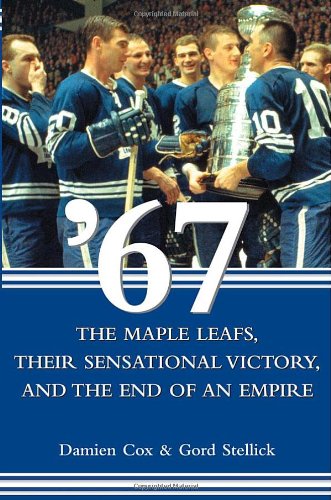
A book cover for '67: The Maple Leafs, Their Sensational Victory, and the End of an Empire; Damien Cox; Sports & Outdoors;